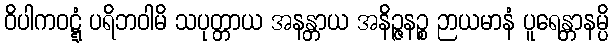
ဝိပါကဝဋ္ဋံ ပရိဘဝါမိ သပုတ္တာယ အနန္တာယ အနိဉ္ဇနဉ္စ ဉာယမာနံ ပူရေန္တာနမ္ပိ